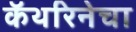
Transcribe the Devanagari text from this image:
कॅथरिनेचा